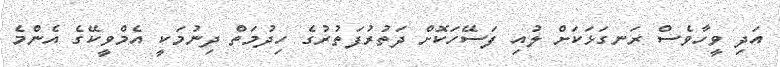
އަދި ވީހާވެސް ރަނގަޅަކަށް ލުއި ފަސޭހަކޮށް ދަތުރުފަތުރުގެ ހިދުމަތް ދިނުމަކީ އެމްވީކޭގެ އެންމެ